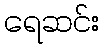
ရေဆင်း